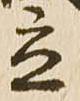
立